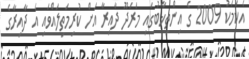
އެކަމަކު 2009 ގެ އިންތިޚާބުގައި މަރަދޫ ދާއިރާ އަށް ކުރިމަތިލައްވައި އެ ދާއިރާގެ